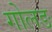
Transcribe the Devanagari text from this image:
गोलङ